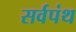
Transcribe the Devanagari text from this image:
सर्वपंथ